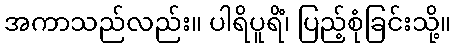
အကာသည်လည်း။ ပါရိပူရိံ၊ ပြည့်စုံခြင်းသို့။